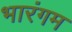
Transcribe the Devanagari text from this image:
भारंगम